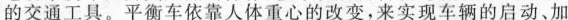
的交通工具。平衡车依靠人体重心的改变，来实现车辆的启动、加